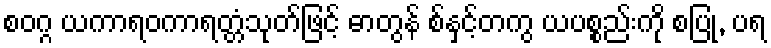
စဝဂ္ဂ ယကာရဝကာရတ္တံသုတ်ဖြင့် ဓာတွန် စ်နှင့်တကွ ယပစ္စည်းကို စပြု, ပရ